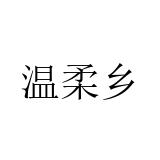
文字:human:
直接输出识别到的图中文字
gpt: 温柔乡